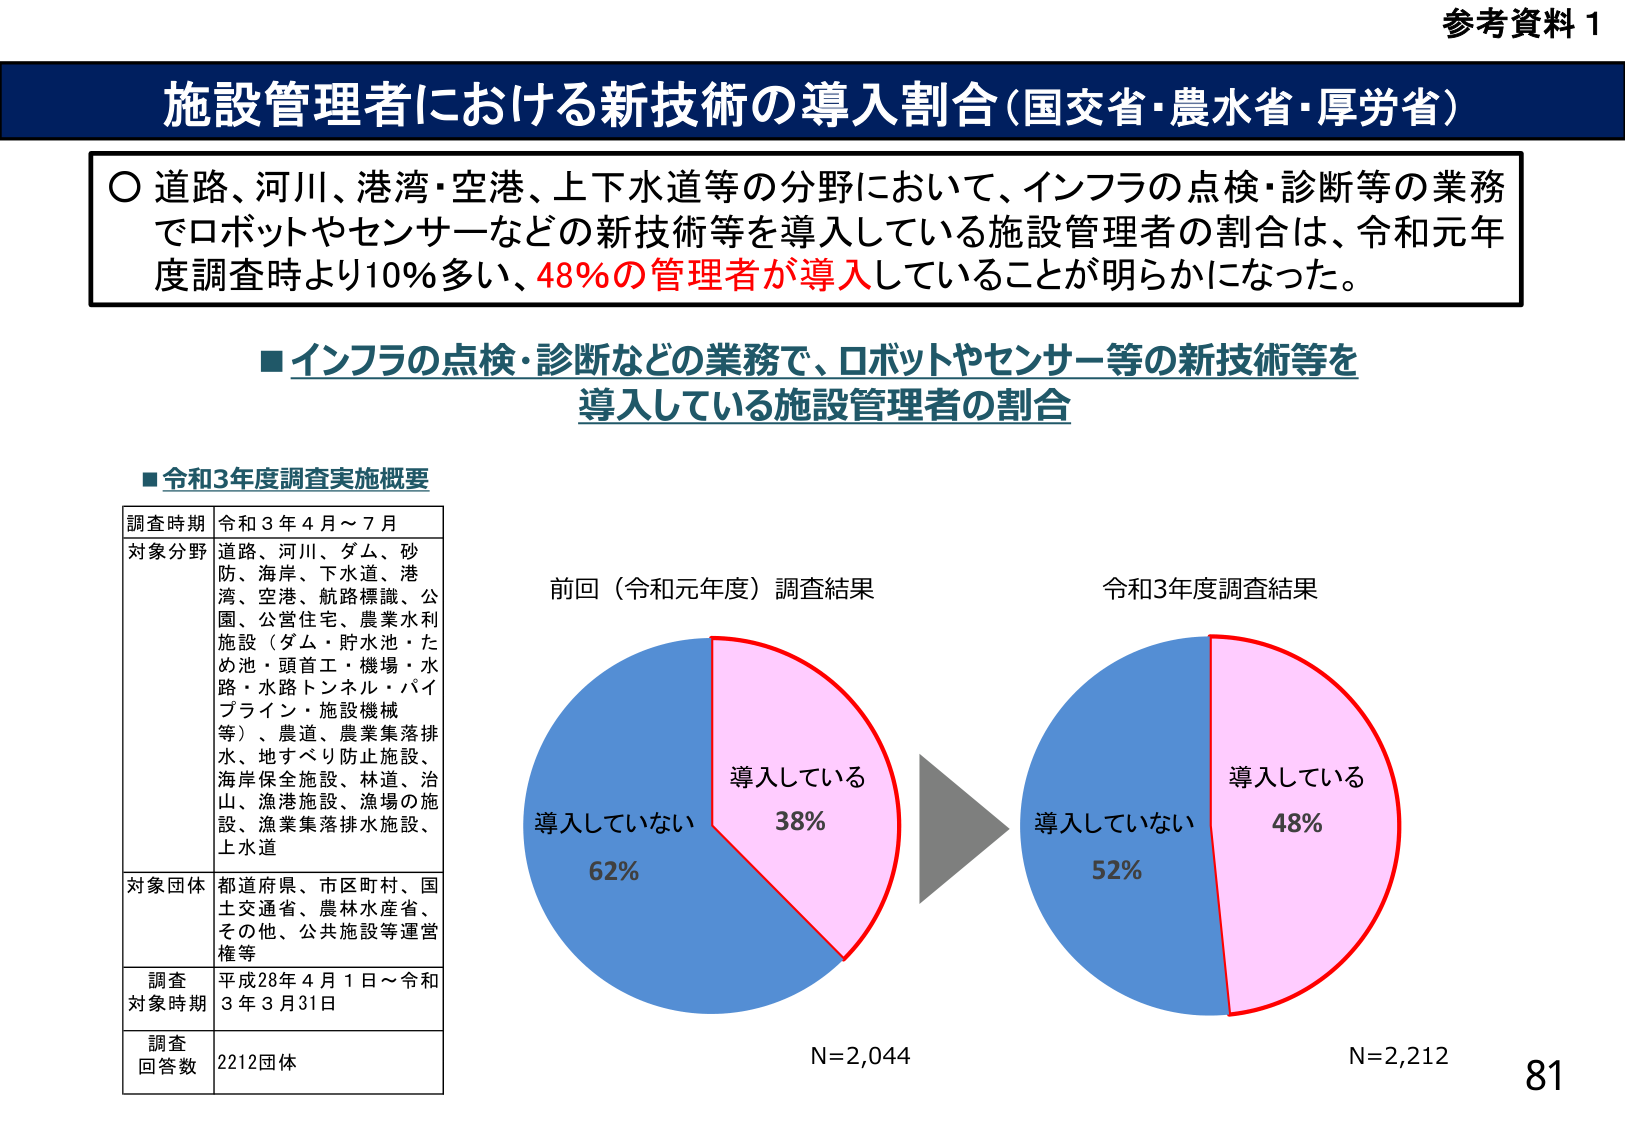
参考資料 1
施設管理者における新技術の導入割合（国交省・農水省・厚労省）
○ 道路、河川、港湾・空港、上下水道等の分野において、インフラの点検・診断等の業務でロボットやセンサーなどの新技術等を導入している施設管理者の割合は、令和元年度調査時より10%多い、48%の管理者が導入していることが明らかになった。
■ インフラの点検・診断などの業務で、ロボットやセンサー等の新技術等を導入している施設管理者の割合
■ 令和3年度調査実施概要
調査時期 令和3年4月～7月
対象分野 道路、河川、ダム、砂防、海岸、下水道、港湾、空港、航路標識、公園、公営住宅、農業水利施設（ダム・貯水池・ため池・頭首工・機場・水路・水路トンネル・バイブライン・施設機械等）、農道、農業集落排水、地すべり防止施設、海岸保全施設、林道、治山、漁港施設、漁場の施設、漁業集落排水施設、上水道
対象団体 都道府県、市区町村、国土交通省、農林水産省、その他、公共施設等運営権等
調査対象時期 平成28年4月1日～令和3年3月31日
調査回答数 2212団体
前回（令和元年度）調査結果
導入している 38%
導入していない 62%
N=2,044
令和3年度調査結果
導入している 48%
導入していない 52%
N=2,212
81